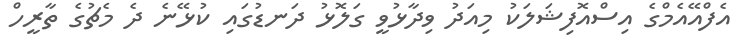
އެފްއޭއެމްގެ އިސްއޮފިޝަލަކު މިއަދު ވިދާޅުވީ ގަލޮޅު ދަނޑުގައި ކުޅޭނެ ދެ މެޗުގެ ތާރީހް